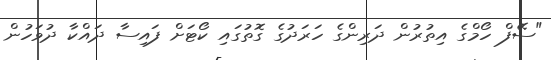
"ސޭފް ހޯމްގެ އިތުރުން ދަރިންގެ ހަރަދުގެ ގޮތުގައި ކޯޓަށް ފައިސާ ދައްކާ ދުވަހުން